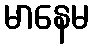
မာနေမ